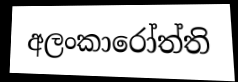
අලංකාරෝත්ති